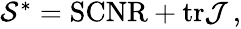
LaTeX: \begin{array}{r}{\mathcal{S}^{*}=\mathrm{SCNR}+\mathrm{tr}\mathcal{J}\, ,}\end{array}